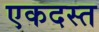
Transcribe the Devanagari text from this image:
एकदस्त